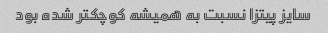
سایز پیتزا نسبت به همیشه کوچکتر شده بود